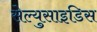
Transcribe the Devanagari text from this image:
सेल्युसाइडिस